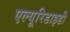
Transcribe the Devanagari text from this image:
एल्यूरिडाइडी